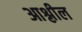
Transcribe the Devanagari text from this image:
आश्लील